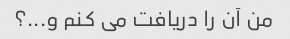
من آن را دریافت می کنم و...؟